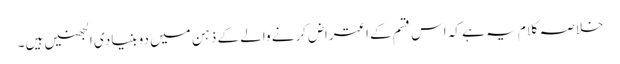
خلاصہ کلام یہ ہے کہ اس قسم کے اعتراض کرنے والے کے ذہن میں دو بنیادی الجھنیں ہیں۔